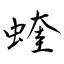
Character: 蝰